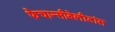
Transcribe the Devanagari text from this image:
फैचान्सीबेलीडांस